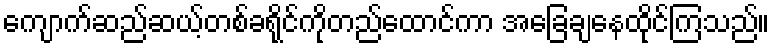
ကျောက်ဆည်ဆယ့်တစ်ခရိုင်ကိုတည်ထောင်ကာ အခြေချနေထိုင်ကြသည်။